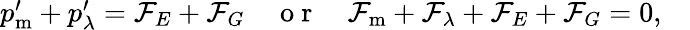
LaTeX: \begin{array}{r}{p_{\mathrm{m}}^{\prime}+p_{\lambda}^{\prime}={\cal F}_{E}+{\cal F}_{G}\quad\mathrm{~o~r~}\quad{\cal F}_{\mathrm{m}}+{\cal F}_{\lambda}+{\cal F}_{E}+{\cal F}_{G}=0,\quad}\end{array}